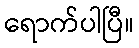
ရောက်ပါပြီ။